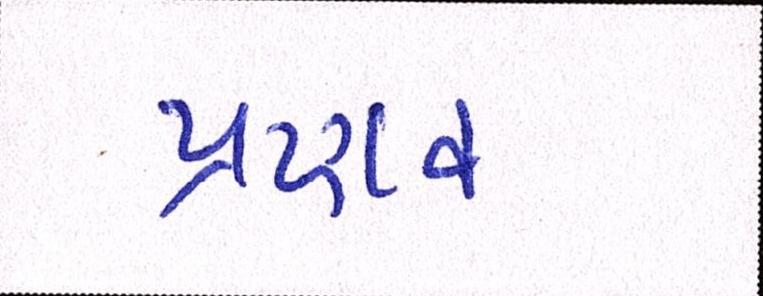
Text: પ્રણવ